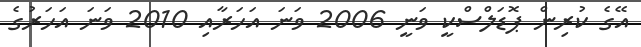
އޭގެ ކުރިން ޕޮޑަލްސްކީ ވަނީ 2006 ވަނަ އަހަރާއި 2010 ވަނަ އަހަރުގެ